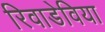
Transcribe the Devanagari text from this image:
रिवाडेविया